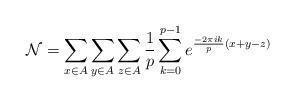
LaTeX: \begin{align*} \mathcal{N}=\sum_{x\in A}\sum_{y\in A}\sum_{z\in A}\frac{1}{p}\sum_{k=0}^{p-1} e^{\frac{-2\pi ik}{p}(x+y-z)} \end{align*}